General report no. 6 on the lunatic asylums, vaccination and dispensaries in the Bengal Presidency, 1873 -
Year: 1873
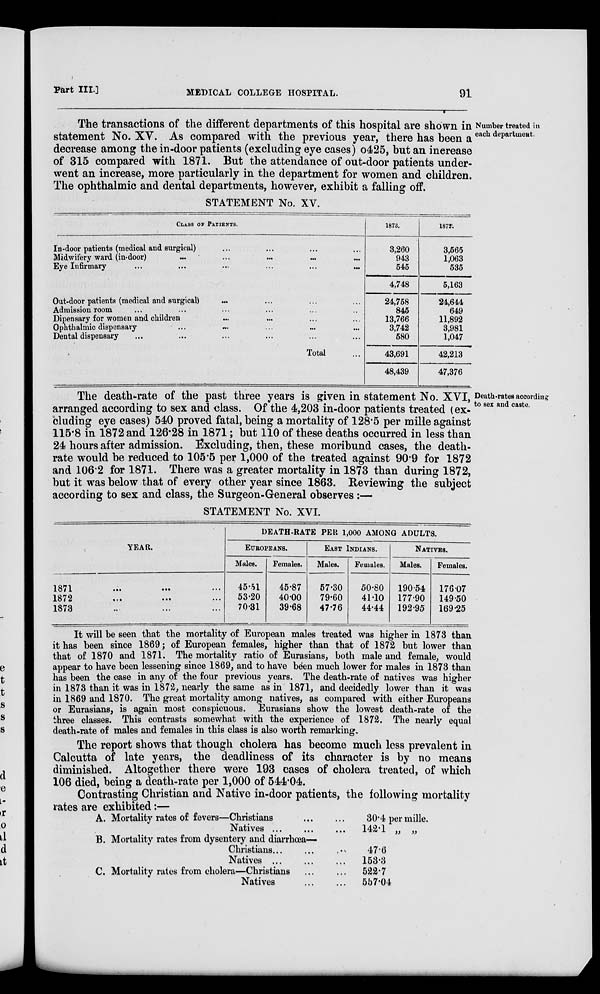
Part III.]
MEDICAL COLLEGE HOSPITAL.
91
Number treated in
each department.
The transactions of the different departments of this hospital are shown in
statement No. XV. As compared with the previous year, there has been a
decrease among the in-door patients (excluding eye cases) o425, but an increase
of 315 compared with 1871. But the attendance of out-door patients under-
went an increase, more particularly in the department for women and children.
The ophthalmic and dental departments, however, exhibit a falling off.
STATEMENT No. XV.
CLASS or PATIENTS.
In-door patients (medical and surgical) ... ... ... ...
Midwifery ward (in-door) ... ... ... ... ...
Eye Infirmary ... ... ... ... ... ...
Out-door patients (medical and surgical) ... ... ... ...
Admission room ... ... ... ... ... ...
Dipensary for women and. children ... ... ... ...
Ophthalmic dispensary ... ... ... ... ...
Dental dispensary ... ... ... ... ... ...
Total ...
1878.
3,260
943
545
4,748
24,758
845
13,766
3,742
580
43,691
48,439
1872.
3,565
1,063
535
5,163
24,644
649
11,892
3,981
1,047
42,213
47,376
Death-rates according
to sex and caste.
The death-rate of the past three years is given in statement No. XVI,
arranged according to sex and class. Of the 4,203 in-door patients treated (ex-
cluding eye cases) 540 proved fatal, being a mortality of 128.5 per mille against
115.8 in 1872 and 126.28 in 1871; but 110 of these deaths occurred in less than
24 hours after admission. Excluding, then, these moribund cases, the death-
rate would be reduced to 105.5 per 1,000 of the treated against 90.9 for 1872
and 106.2 for 1871. There was a greater mortality in 1873 than during 1872,
but it was below that of every other year since 1863. Reviewing the subject
according to sex and class, the Surgeon-General observes :—
STATEMENT No. XVI.
YEAR.
1871 ...
...
...
1872 ... ... ...
1873 ... ... ...
DEATH-RATE PER 1,000 AMONG ADULTS.
EUROPEANS.
Males.
45.51
53.20
70.31
Females.
45.87
40.00
39.68
EAST INDIANS.
Males.
57.30
79.60
47.76
Females.
50.80
41.10
44.44
NATIVES.
Males.
190.54
177.90
192.95
Females.
176.07
149.50
169.25
It will be seen that the mortality of European males treated was higher in 1873 than
it has been since 1869; of European females, higher than that of 1872 but lower than
that of 1870 and 1871. The mortality ratio of Eurasians, both male and female, would
appear to have been lessening since 1869, and to have been much lower for males in 1873 than
has been the case in any of the four previous years. The death-rate of natives was higher
in 1873 than it was in 1872, nearly the same as in 1871, and decidedly lower than it was
in 1869 and 1870. The great mortality among natives, as compared with either Europeans
or Eurasians, is again most conspicuous. Eurasians show the lowest death-rate of the
three classes. This contrasts somewhat with the experience of 1872. The nearly equal
death-rate of males and females in this class is also worth remarking.
The report shows that though cholera has become much less prevalent in
Calcutta of late years, the deadliness of its character is by no means
diminished. Altogether there were 193 cases of cholera treated, of which
106 died, being a death-rate per 1,000 of 544.04.
Contrasting Christian and Native in-door patients, the following mortality
rates are exhibited:—
A.
B.
C.
Mortality rates of fevers—Christians
...
...
Natives
...
...
...
Mortality rates from dysentery and diarrhœa—
Christians ... ... ...
Natives ... ... ...
Mortality rates from cholera—Christians ... ...
Natives
...
...
30.4 per mille.
142.1 „ „
47.6
153.3
522.7
557.04